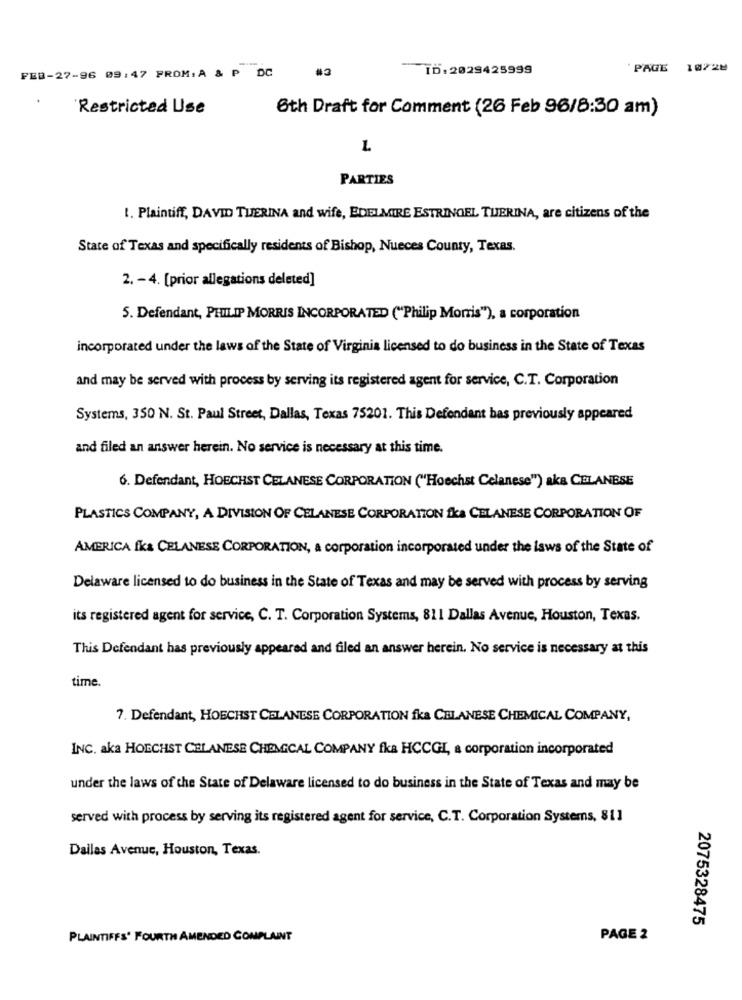
FEB-27-96 09:47 FROM:A & P DC
#3
ID: 2029425999
PAGE
Restricted Use
6th Draft for Comment (26 Feb 96/8:30 am)
L
PARTIES
1. Plaintiff, DAVID TUERINA and wife, EDELMIRE ESTRINGEL TUERINA, are citizens of the
State of Texas and specifically residents of Bishop, Nueces County, Texas.
2. - 4. [prior allegations deleted]
5. Defendant, PHILIP MORRIS INCORPORATED ("Philip Morris"), a corporation
incorporated under the laws of the State of Virginia licensed to do business in the State of Texas
and may be served with process by serving its registered agent for service, C.T. Corporation
Systems, 350 N. St. Paul Street, Dallas, Texas 75201. This Defendant bas previously appeared
and filed an answer herein. No service is necessary at this time.
6. Defendant, HOECHST CELANESE CORPORATION ("Hoechst Celanese") aka CELANESE
PLASTICS COMPANY, A DIVISION OF CELANESE CORPORATION fka CELANESE CORPORATION OF
AMERICA fka CELANESE CORPORATION, a corporation incorporated under the laws of the State of
Delaware licensed to do business in the State of Texas and may be served with process by serving
its registered agent for service, C. T. Corporation Systems, 811 Dallas Avenue, Houston, Texas.
This Defendant has previously appeared and filed an answer herein. No service is necessary at this
time.
7. Defendant, HOECHST CELANESE CORPORATION fka CELANESE CHEMICAL COMPANY,
INC. aka HOECHST CELANESE CHEMICAL COMPANY fka HCCGL, a corporation incorporated
under the laws of the State of Delaware licensed to do business in the State of Texas and may be
served with process by serving its registered agent for service, C.T. Corporation Systems, 811
Dallas Avenue, Houston, Texas.
2075328475
PLAINTIFFS' FOURTH AMENDED COMPLAINT
PAGE 2